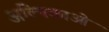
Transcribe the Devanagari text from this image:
अल्पिकाओं